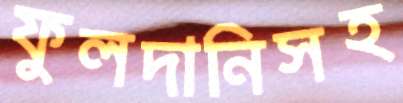
ফুলদানিসহ